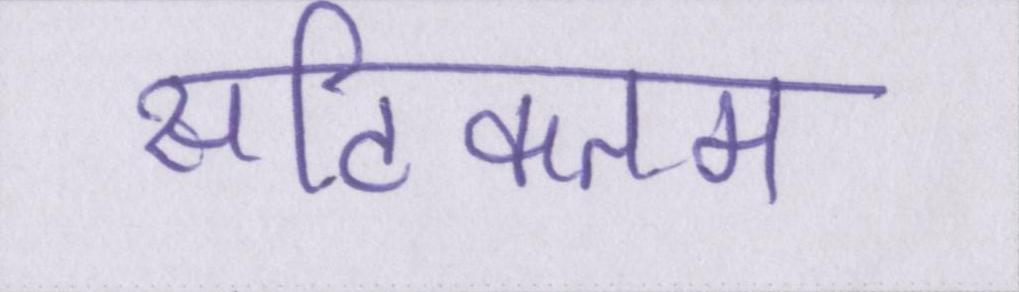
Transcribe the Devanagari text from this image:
सटिकतम